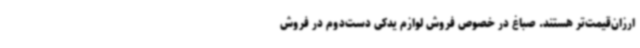
ارزان‌قیمت‌تر هستند. صباغ در خصوص فروش لوازم یدکی دست‌دوم در فروش